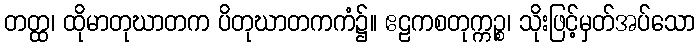
တတ္ထ၊ ထိုမာတုဃာတက ပိတုဃာတကကံ၌။ ဧဠကစတုက္ကဉ္စ၊ သိုးဖြင့်မှတ်အပ်သော